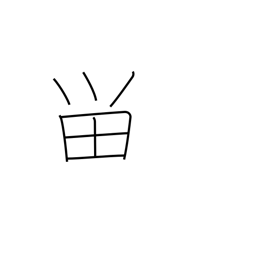
Meaning: halt